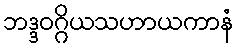
ဘဒ္ဒဝဂ္ဂိယသဟာယကာနံ